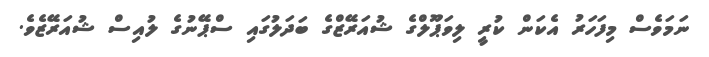
ނަމަވެސް މިފަހަރު އެކަން ކުރީ ލިވަޕޫލްގެ ޝުއަރޭޒްގެ ބަދަލުގައި ސްޕޭނުގެ ލުއިސް ޝުއަރޭޒެވެ.